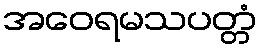
အဝေရမသပတ္တံ